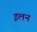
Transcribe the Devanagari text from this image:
इलन